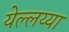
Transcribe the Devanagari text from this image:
येल्लय्या